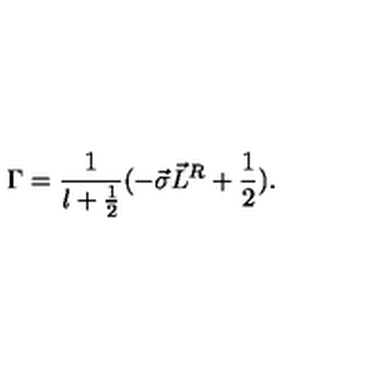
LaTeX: { \Gamma } = \frac { 1 } { l + \frac { 1 } { 2 } } ( - \vec { \sigma } \vec { L } ^ { R } + \frac { 1 } { 2 } ) .